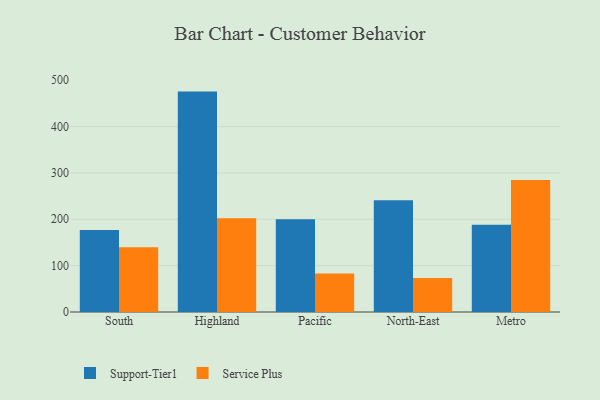
{"axis": {"x": "Region", "y": "Production Output"}, "legend": ["Service Plus", "Support-Tier1"], "data": [{"x": "South", "y": 176.9, "type": "Support-Tier1"}, {"x": "South", "y": 139.9, "type": "Service Plus"}, {"x": "Highland", "y": 475.4, "type": "Support-Tier1"}, {"x": "Highland", "y": 202.1, "type": "Service Plus"}, {"x": "Pacific", "y": 200.1, "type": "Support-Tier1"}, {"x": "Pacific", "y": 83.1, "type": "Service Plus"}, {"x": "North-East", "y": 241.3, "type": "Support-Tier1"}, {"x": "North-East", "y": 73.6, "type": "Service Plus"}, {"x": "Metro", "y": 188.2, "type": "Support-Tier1"}, {"x": "Metro", "y": 284.5, "type": "Service Plus"}]}